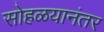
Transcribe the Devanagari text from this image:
सोहळयानंतर